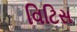
વિટિસ